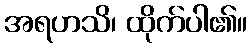
အရဟသိ၊ ထိုက်ပါ၏။